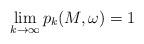
LaTeX: \begin{align*}\lim_{k \to \infty} p_k(M, \omega) = 1\end{align*}